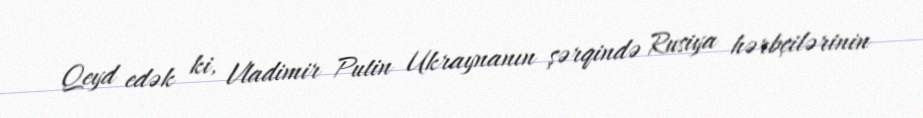
Qeyd edək ki, Vladimir Putin Ukraynanın şərqində Rusiya hərbçilərinin